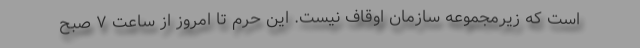
است که زیرمجموعه سازمان اوقاف نیست. این حرم تا امروز از ساعت ۷ صبح